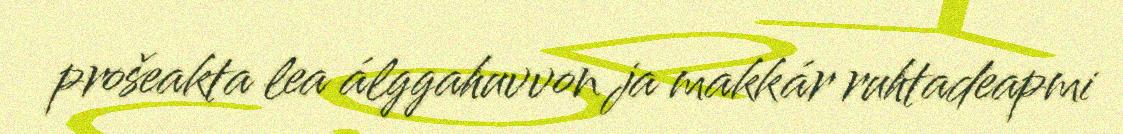
prošeakta lea álggahuvvon ja makkár ruhtadeapmi